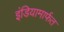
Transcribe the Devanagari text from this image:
इंडियामार्फत